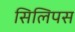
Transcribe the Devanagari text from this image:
सिलिपस